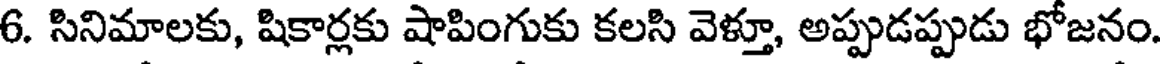
6. సినిమాలకు, షికార్లకు షాపింగుకు కలసి వెళ్తూ, అప్పుడప్పుడు భోజనం.